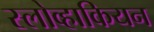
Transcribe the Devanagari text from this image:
स्लोव्हाकियन